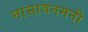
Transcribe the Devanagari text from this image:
नासावनमनी